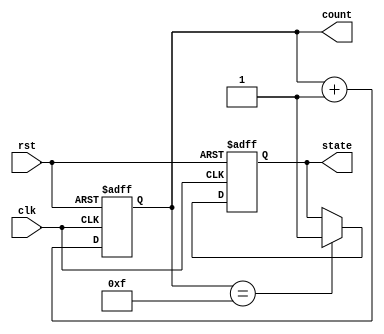
module reset_example (
    input wire clk,         // Clock signal
    input wire rst,         // Reset signal (active-high)
    output reg [3:0] count, // 4-bit counter
    output reg state        // State variable (0: IDLE, 1: ACTIVE)
);

// State encoding
localparam IDLE = 1'b0;
localparam ACTIVE = 1'b1;

// Asynchronous Reset
always @(posedge clk or posedge rst) begin
    if (rst) begin
        // Reset condition
        count <= 4'b0000;  // Initialize counter to 0
        state <= IDLE;     // Set state to IDLE
    end else begin
        // Normal operation
        count <= count + 1; // Increment counter
        if (count == 4'b1111) begin
            state <= ACTIVE; // Change state to ACTIVE when count reaches 15
        end
    end
end

endmodule